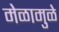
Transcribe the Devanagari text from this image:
मेळामुळे